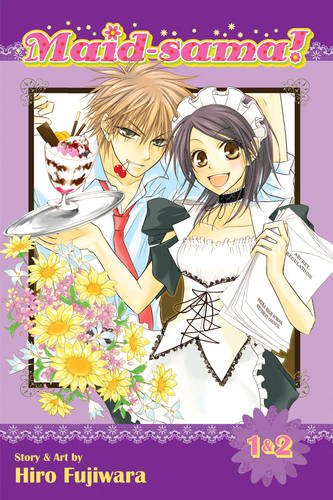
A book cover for Maid-sama! (2-in-1 Edition), Vol. 1: Includes Volumes 1 & 2; Hiro Fujiwara; Comics & Graphic Novels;